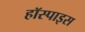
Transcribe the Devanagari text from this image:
हॉस्पाइस